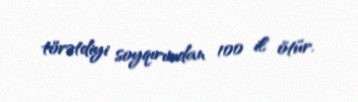
törətdiyi soyqırımdan 100 il ötür.